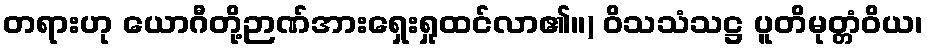
တရားဟု ယောဂီတို့ဉာဏ်အားရှေးရှုထင်လာ၏။) ဝိသသံသဋ္ဌ ပူတိမုတ္တံဝိယ၊